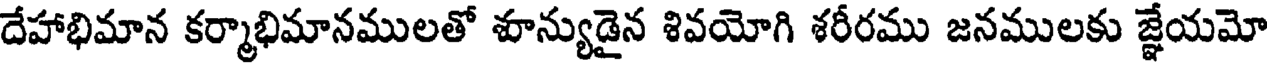
దేహాభిమాన కర్మాభిమానములతో శూన్యుడైన శివయోగి శరీరము జనములకు జ్ఞేయమో